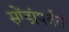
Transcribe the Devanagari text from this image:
सोंडांपर्यंत